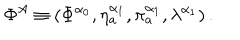
LaTeX: \Phi ^ { A } \equiv \left( \Phi ^ { \alpha _ { 0 } } , \eta _ { a } ^ { \alpha _ { 1 } } , \pi _ { a } ^ { \alpha _ { 1 } } , \lambda ^ { \alpha _ { 1 } } \right) .